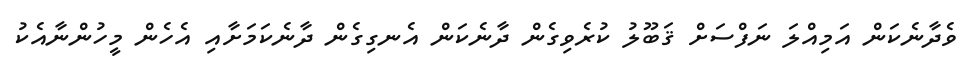
ވެދާނެކަން އަމިއްލަ ނަފްސަށް ޤަބޫލު ކުރެވިގެން ދާނެކަން އެނގިގެން ދާނެކަމަށާއި އެހެން މީހުންނާއެކު